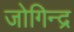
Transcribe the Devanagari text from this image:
जोगिन्द्र